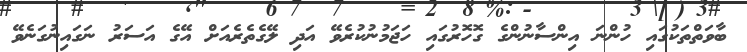
ބާވަތްތަކުގައި ހުންނަ އިންސާނުންގެ ގޮހޮރުގައި ހަޖަމުނުކުރެވޭ އަދި ލޭގެތެރެއަށް އޭގެ އަސަރު ނަގައިނުގަނެވޭ